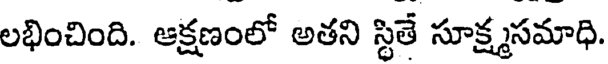
లభించింది. ఆక్షణంలో అతని స్థితే సూక్ష్మసమాధి.